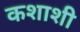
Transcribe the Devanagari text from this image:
कशाशी